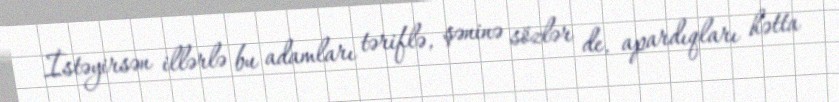
İstəyirsən illərlə bu adamları təriflə, şəninə sözlər de, apardıqları hətta